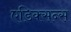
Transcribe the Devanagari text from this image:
एडिक्सन्स